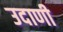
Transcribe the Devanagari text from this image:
उदाणी